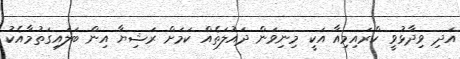
އަދި ވިދާޅުވީ ކްރައިމިއާ އަކީ މިނިވަން ދައުލަތެއް ކަމަށް ރަޝިޔާ އިން ބަލައިގަތުމާއެކު